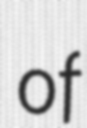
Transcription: of